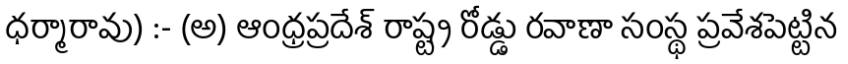
ధర్మారావు) :- (అ) ఆంధ్రప్రదేశ్ రాష్ట్ర రోడ్డు రవాణా సంస్థ ప్రవేశపెట్టిన